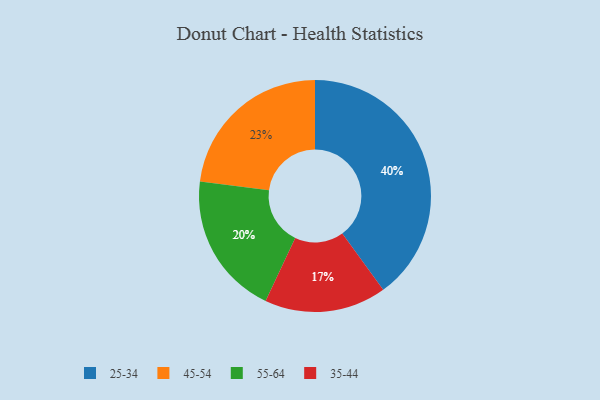
{"axis": {"x": "Category", "y": "Percentage"}, "legend": ["25-34", "35-44", "45-54", "55-64"], "data": [{"x": "35-44", "y": 17, "type": "35-44"}, {"x": "45-54", "y": 23, "type": "45-54"}, {"x": "55-64", "y": 20, "type": "55-64"}, {"x": "25-34", "y": 40, "type": "25-34"}]}